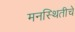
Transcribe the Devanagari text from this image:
मनस्थितीचे